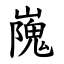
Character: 㠕